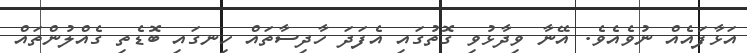
އަޅާފައެއް ނުވެއެވެ. އޭނާ ވިދާޅުވި ގޮތުގައި އެފަދަ ހާދިސާތައް ހިނގައި ބޮޑެތި ގެއްލުންތައް